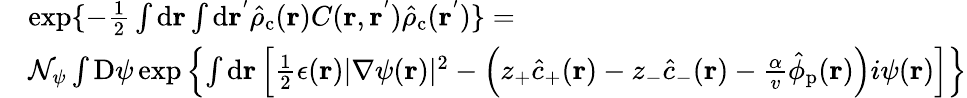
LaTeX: \begin{array}{rl}&{\exp\{ -\frac{1}{2}\int\mathrm{d}\mathbf{r}\int\mathrm{d}\mathbf{r^{'}}\hat{\rho}_{\mathrm{c}}(\mathbf{r})C(\mathbf{r},\mathbf{r^{'}})\hat{\rho}_{\mathrm{c}}(\mathbf{r^{'}})\} =}\\ &{\mathcal{N}_{\psi}\int\mathrm{D}\psi\exp\left\{ \int\mathrm{d}\mathbf{r}\left[\frac{1}{2}\epsilon(\mathbf{r})|\nabla\psi(\mathbf{r})|^{2}-\left(z_{+}\hat{c}_{+}(\mathbf{r})-z_{-}\hat{c}_{-}(\mathbf{r})-\frac{\alpha}{v}\hat{\phi}_{\mathrm{p}}(\mathbf{r})\right)i\psi(\mathbf{r})\right]\right\} }\end{array}